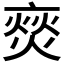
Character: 𮯳